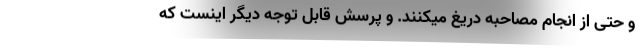
و حتی از انجام مصاحبه دریغ میکنند. و پرسش قابل توجه دیگر اینست که